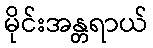
မိုင်းအန္တရာယ်